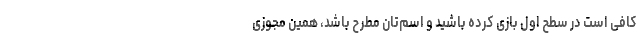
کافی است در سطح اول بازی کرده باشید و اسم‌تان مطرح باشد، همین مجوزی